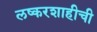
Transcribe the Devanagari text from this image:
लष्करशाहीची